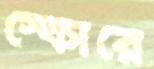
স্কোরে